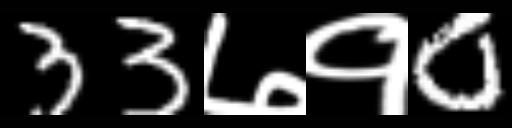
Text: 33७१0